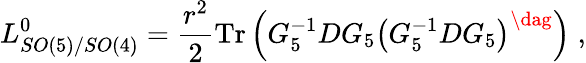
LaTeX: L_{SO(5)/SO(4)}^{0}=\frac{{r}^{2}}{2}\mathrm{Tr}\left(G_{5}^{-1}DG_{5}\left(G_{5}^{-1}DG_{5}\right)^{\dag}\right)\; ,